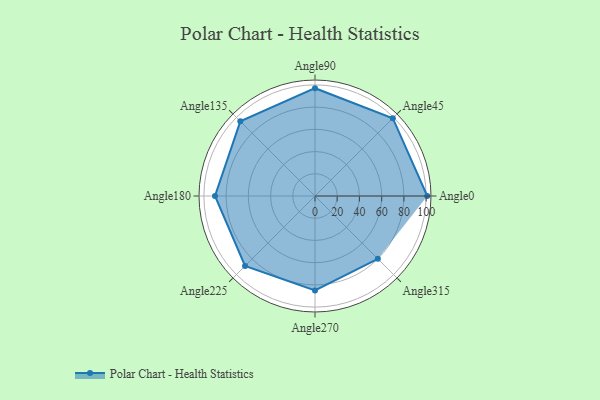
{"axis": {"x": "Angle", "y": "Radius"}, "legend": [""], "data": [{"x": "Angle0", "y": 101.0, "type": ""}, {"x": "Angle45", "y": 99.0, "type": ""}, {"x": "Angle90", "y": 97.0, "type": ""}, {"x": "Angle135", "y": 95.0, "type": ""}, {"x": "Angle180", "y": 90.0, "type": ""}, {"x": "Angle225", "y": 89.0, "type": ""}, {"x": "Angle270", "y": 85.0, "type": ""}, {"x": "Angle315", "y": 80.0, "type": ""}]}